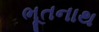
ભૂતનાથ